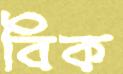
বিক